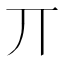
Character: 丌